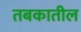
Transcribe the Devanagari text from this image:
तबकातील